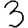
Digit: 3